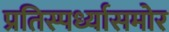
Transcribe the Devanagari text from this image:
प्रतिस्पर्ध्यासमोर